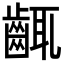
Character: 𪘛